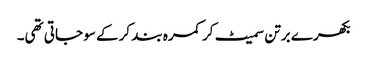
بکھرے برتن سمیٹ کر کمرہ بند کرکے سو جاتی تھی۔